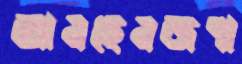
আনছেনজপা